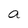
Character: a